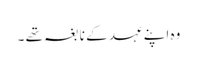
وہ اپنے عہد کے نابغہ تھے ۔